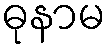
ဓုနာမ